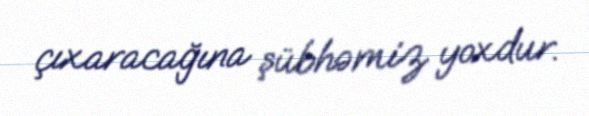
çıxaracağına şübhəmiz yoxdur.